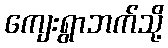
ကျေးရွာဘက်သို့